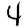
Digit: 4